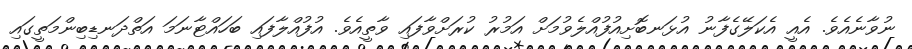
ނުވާނެއެވެ. އެއީ އެކަލޭގެފާނު އުޅަނބޮށިއުފުއްލެވުމަށް އަމުރު ކުރަށްވާފައި ވާތީއެވެ. އުފުއްލާފައި ބަހައްޓާނަމަ އަތްދަނޑިބިންމަތީގައި